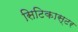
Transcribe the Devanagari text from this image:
सिटिकास्टर